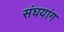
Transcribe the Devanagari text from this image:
संघयांग